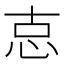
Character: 怘